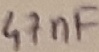
Text: 47nF